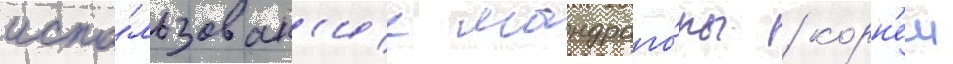
испо́льзован'ие мандраго́ры / корн'еи